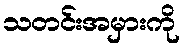
သတင်းအမှားကို